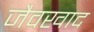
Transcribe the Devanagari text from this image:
जैवखाद